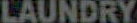
LAUNDRY